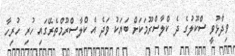
ވިދާޅުވީ ސްކޫލުގެ ދެ ކްލާސްރޫމަކަށް ބަޔަކު ވަދެ އެ ކްލާސްރޫމްތެރޭގައި ހުރި ހުރިހާ